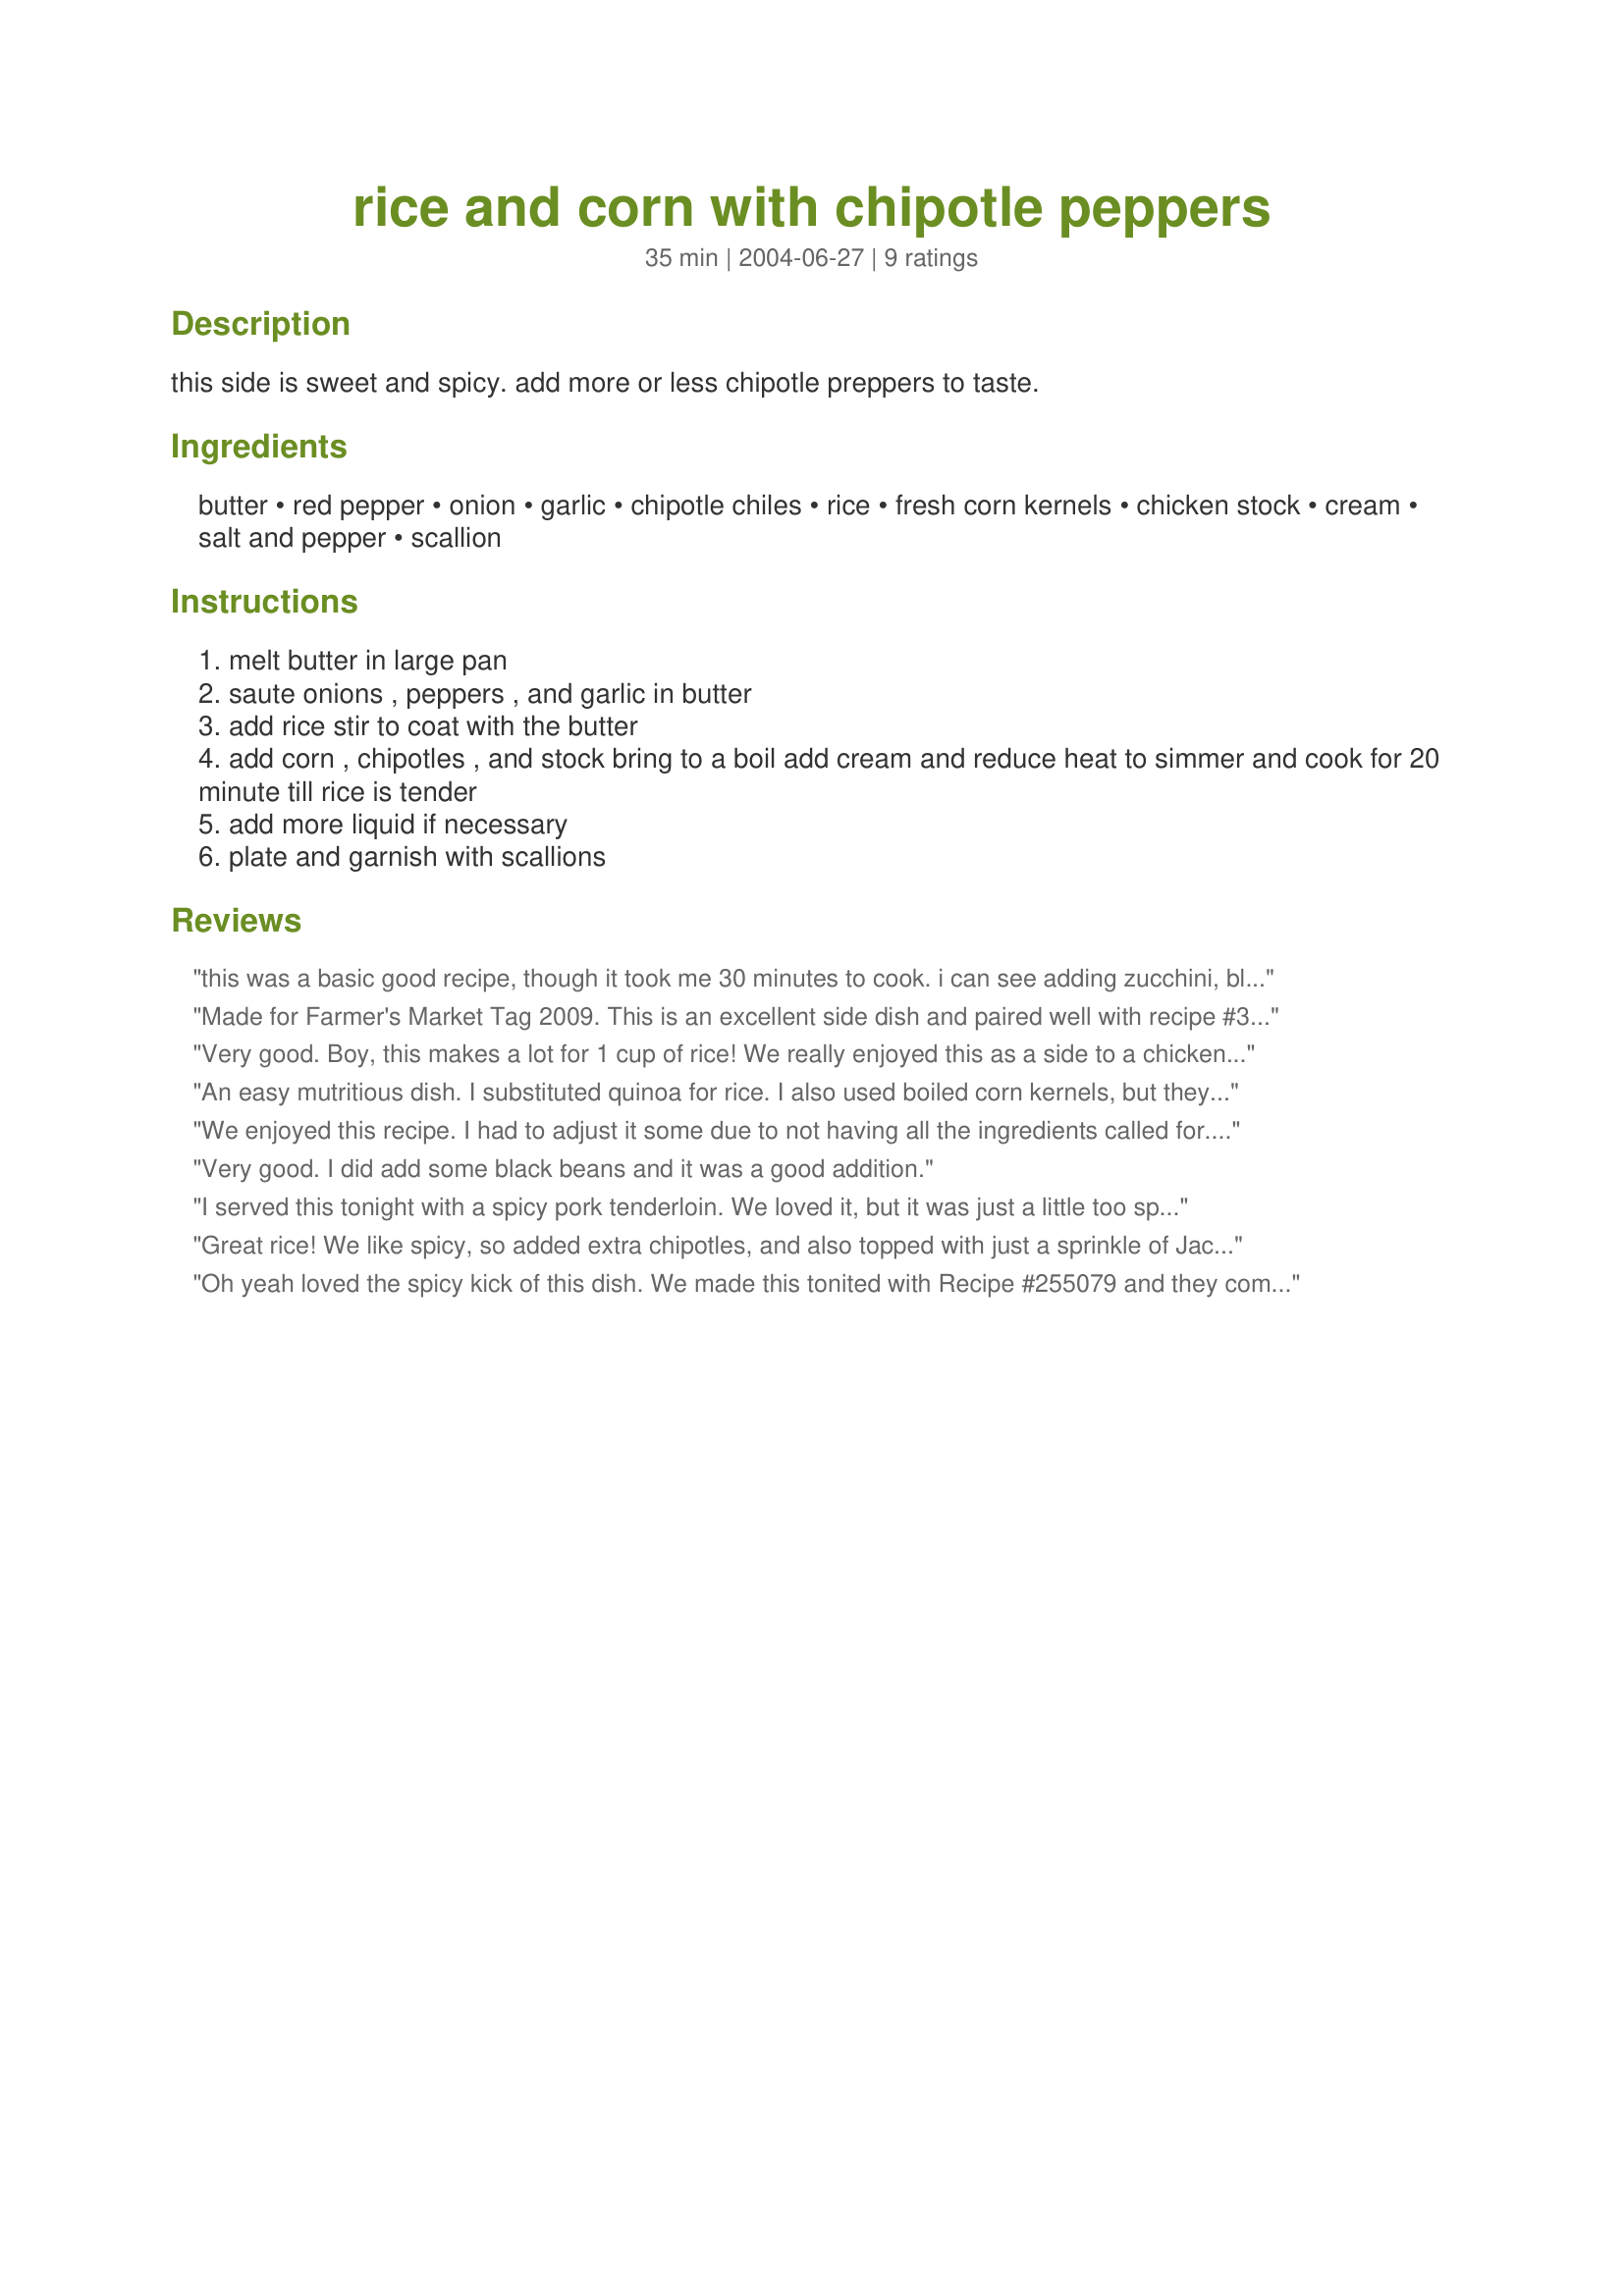
rice and corn with chipotle peppers
Preparation time: 35 minutes

this side is sweet and spicy. add more or less chipotle preppers to taste.

Ingredients:
butter, red pepper, onion, garlic, chipotle chiles, rice, fresh corn kernels, chicken stock, cream, salt and pepper, scallion

Steps:
melt butter in large pan
saute onions , peppers , and garlic in butter
add rice stir to coat with the butter
add corn , chipotles , and stock bring to a boil add cream and reduce heat to simmer and cook for 20 minute till rice is tender
add more liquid if necessary
plate and garnish with scallions

Reviews:
this was a basic good recipe, though it took me 30 minutes to cook. i can see adding zucchini, black beans, tomatoes- good summer dish and easy to prepare. i served this with chili.
Made for Farmer's Market Tag 2009. This is an excellent side dish and paired well with recipe #353537. I only made half of the recipe and it was plenty for the three of us. I loved the sweet taste of the corn with the spicy heat of the chipotles. Thanks for posting this Rita!
Very good. Boy, this makes a lot for 1 cup of rice! We really enjoyed this as a side to a chicken dish. I made as directed except that I added a little cilantro along with the green onions. Thanks Rita for another keeper. Made for ZWT4.
An easy mutritious dish. I substituted quinoa for rice. I also used boiled corn kernels, but they still had a nice crunch to add interest to the dish. The chipotle add an subtle smoky flavor to the more upfront peppers and onions. I used just water, and milk instead of cream, but I think I would even use all water next time to get a distinct grainy texture, rather then creamy.
We enjoyed this recipe. I had to adjust it some due to not having all the ingredients called for. I did not have chicken broth/stock so I used bouillon. Only had the boil in bag rice. I did have all the veggies including home made chipotle. I put the bouillon in the water with the bagged rice and microwaved 8 minutes and sauted the veggies while the rice was cooking. I emptied the rice into the skillet and just guessed at the amount of liquid to add back in, maybe a cup and a half. Simmered the water down and it was ready.
Very good. I did add some black beans and it was a good addition.
I served this tonight with a spicy pork tenderloin. We loved it, but it was just a little too spicy for my 7 yo and DH. My FIL had 3 helpings! I will definitely make this again but cut back on the chipotle. I agree with one of the other reviewers that this would be wonderful with black beans. Made and reviewed for ZWT4. Thanks for posting Rita!
Great rice! We like spicy, so added extra chipotles, and also topped with just a sprinkle of Jack cheese. This beats the socks off of any packaged Mexican or Spanish rice!
Oh yeah loved the spicy kick of this dish. We made this tonited with Recipe #255079 and they complimented each other very well. I really didnt adjust anything in this recipe and dont think I will when I make it again. Made for ZWT4.
